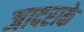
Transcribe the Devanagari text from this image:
जादराके